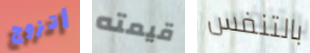
أتزوج قيمته بالتنفس